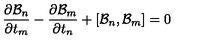
{ \frac { \partial { \cal B } _ { n } } { \partial t _ { m } } } - { \frac { \partial { \cal B } _ { m } } { \partial t _ { n } } } + [ { \cal B } _ { n } , { \cal B } _ { m } ] = 0